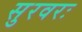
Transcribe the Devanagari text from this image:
सुरवरः